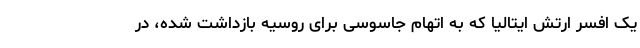
یک افسر ارتش ایتالیا که به اتهام جاسوسی برای روسیه بازداشت شده، در